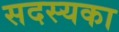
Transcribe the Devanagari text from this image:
सदस्यका